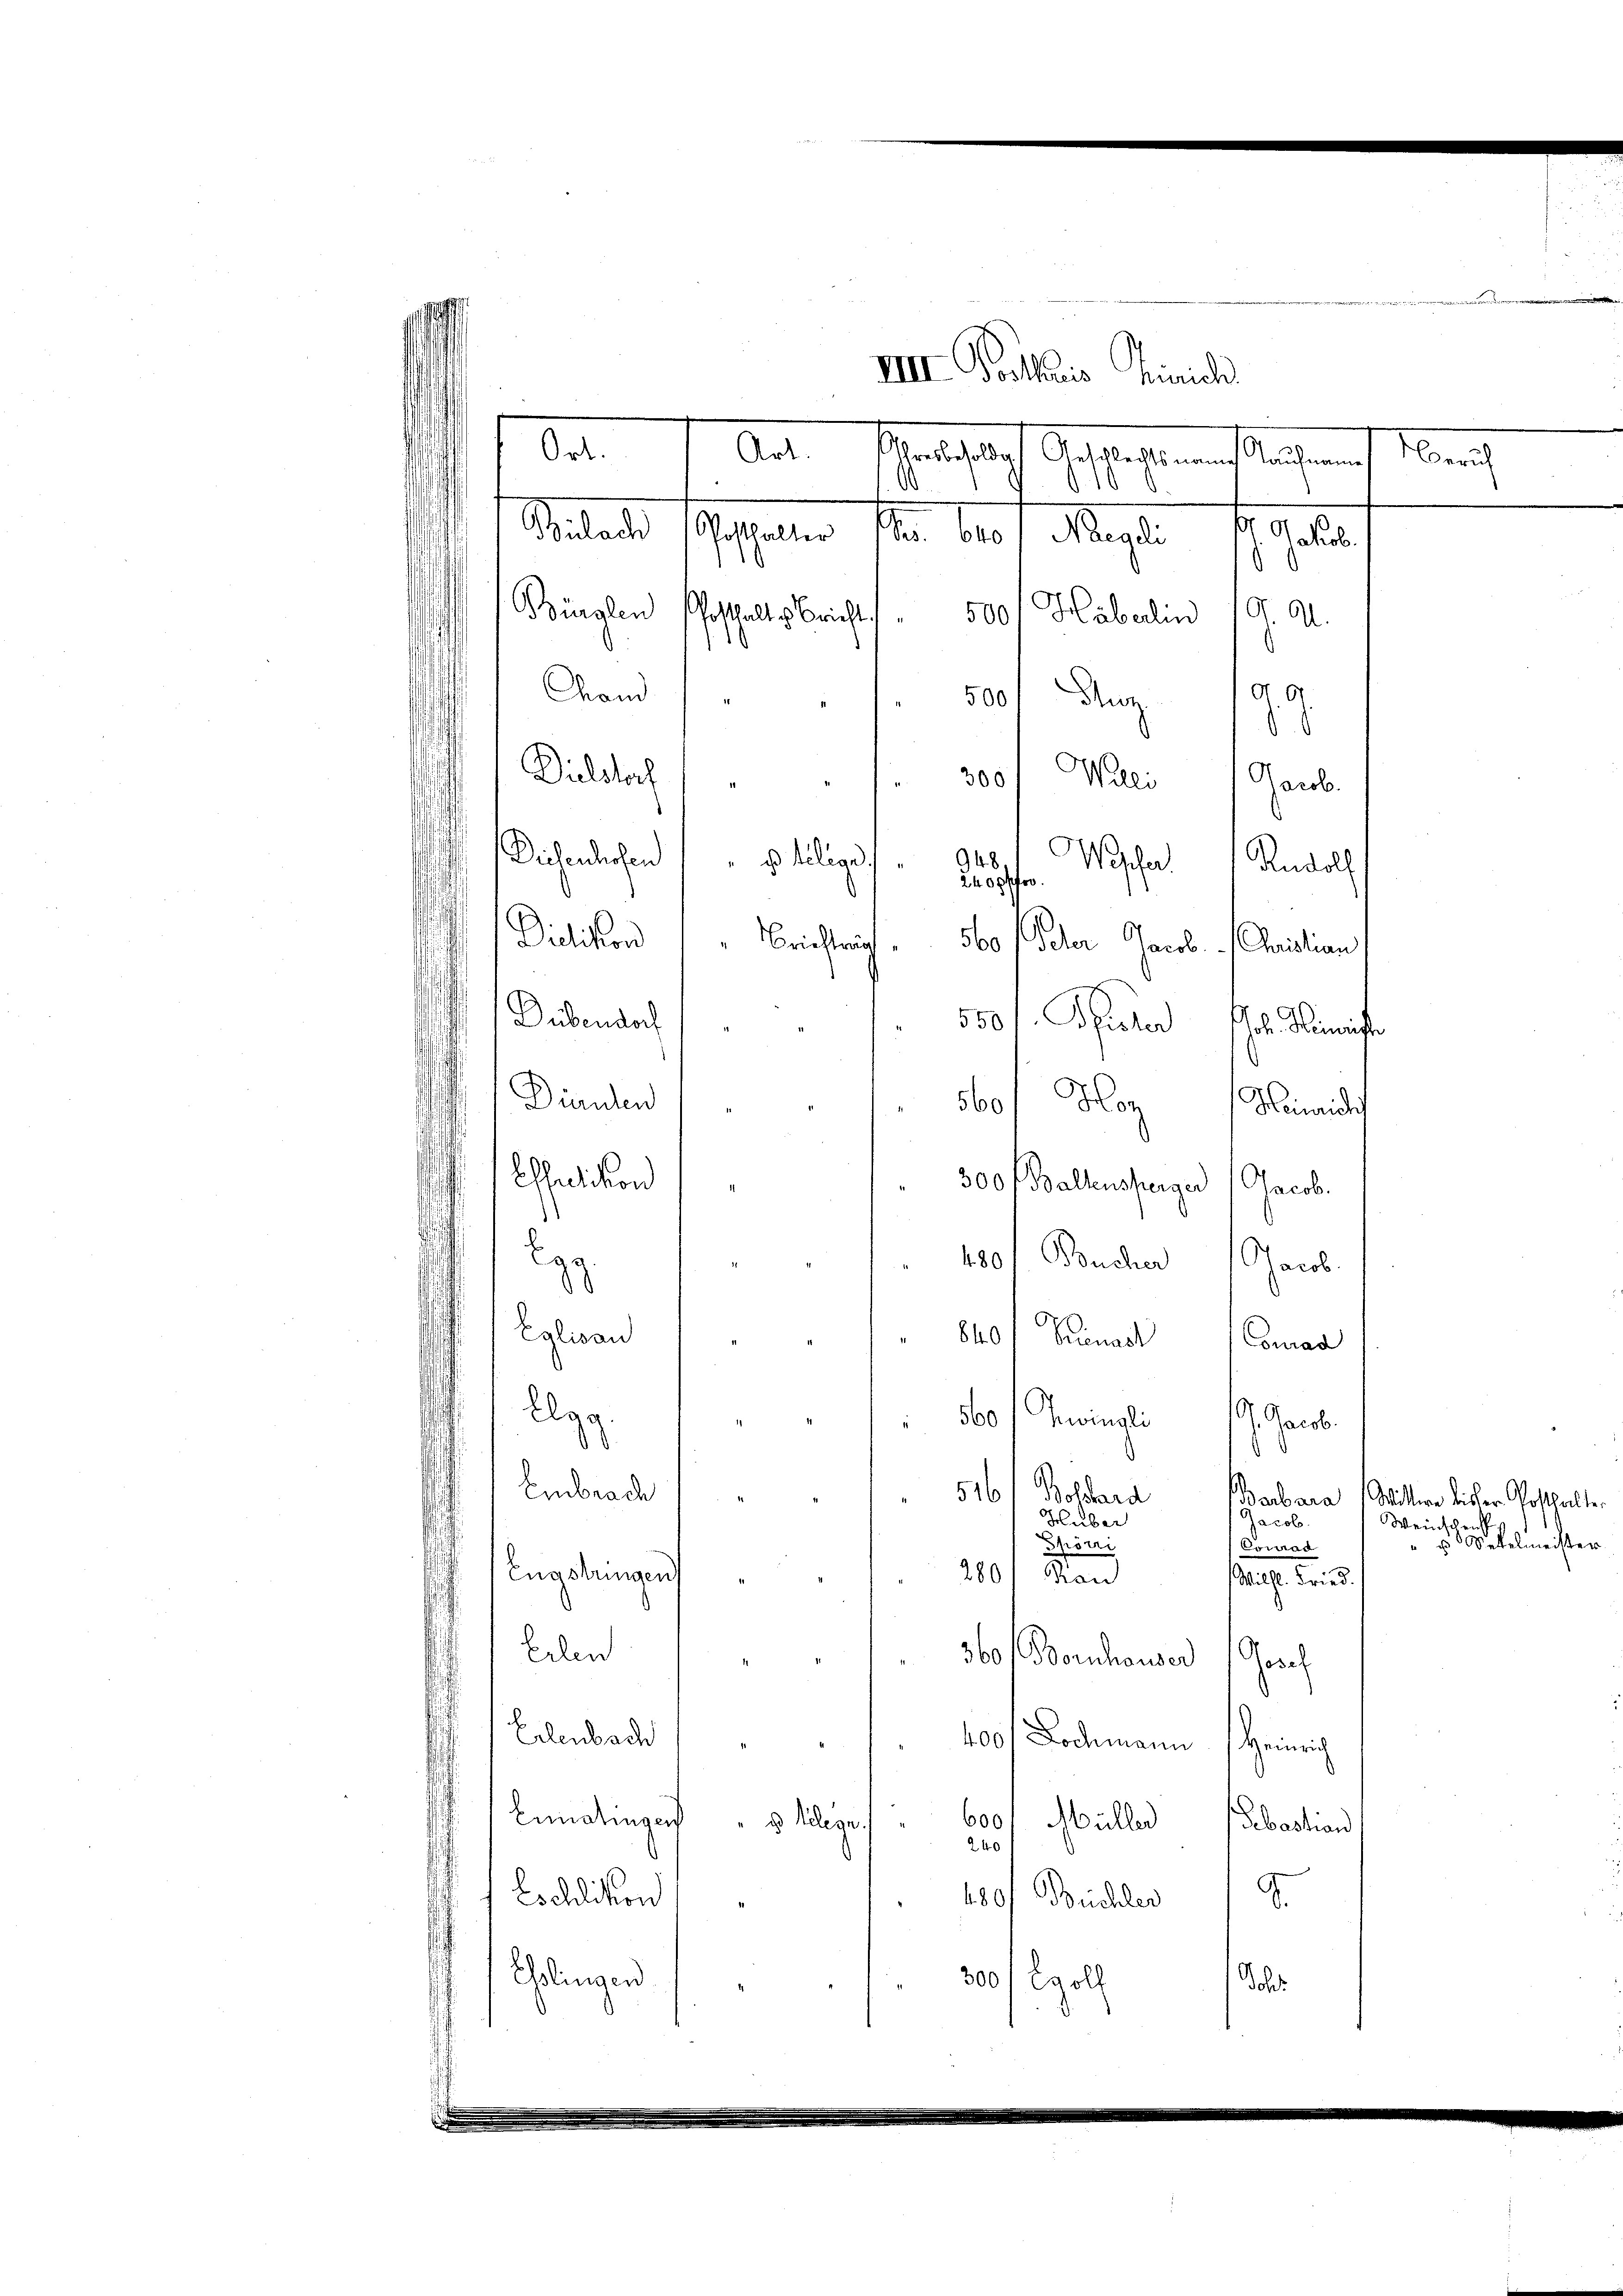
VIII Vorthoris Zürich
Art. 7 Art. Maifach Geschaften diesen
¬
Milande Asphalen sie des 7. Mag. 1910.
d
Bürglen Posthaltsbricht 500 f Häberlin
G. A.
H G
Stand
500. Chez. 18
Dielsdorf
Walli
300
Jacob.
948
Diesenhofen    " philige
Wepfer. Rudolf
240pffor
Dietlikon " " Brichtig
560
Oder Jacob. Christian
Dübendorf
5501. Pfister Joh. Heinrichte
.
Dürnten
560/ Hoz Heinrichis
Ehedikon
300 f Ballensperger Jacob.
.
180f Bucher Jacob.
32
Eglisau
840f Sienast Conrad
Agg
560 (Avinali J. Jacob.
d
Embrach
516
Bolhard
Barbara Wittwe bisher Posthalter
Huber
Jacob.
Weinschenf
Spörri
Conrad
280) Kon
Engstringen
Wilhl. Fried.
Erlen
360 (Bornhauser
sach
Erlenbach
400. Dochmann Heinrich
Einatingen
600/
d Kelege.
Hüller Sebastian
240
180f Büchler
Eschlikon,
Ehlingen
300/ Coll
dober
.

sberich

18
" Sekelmeister

.